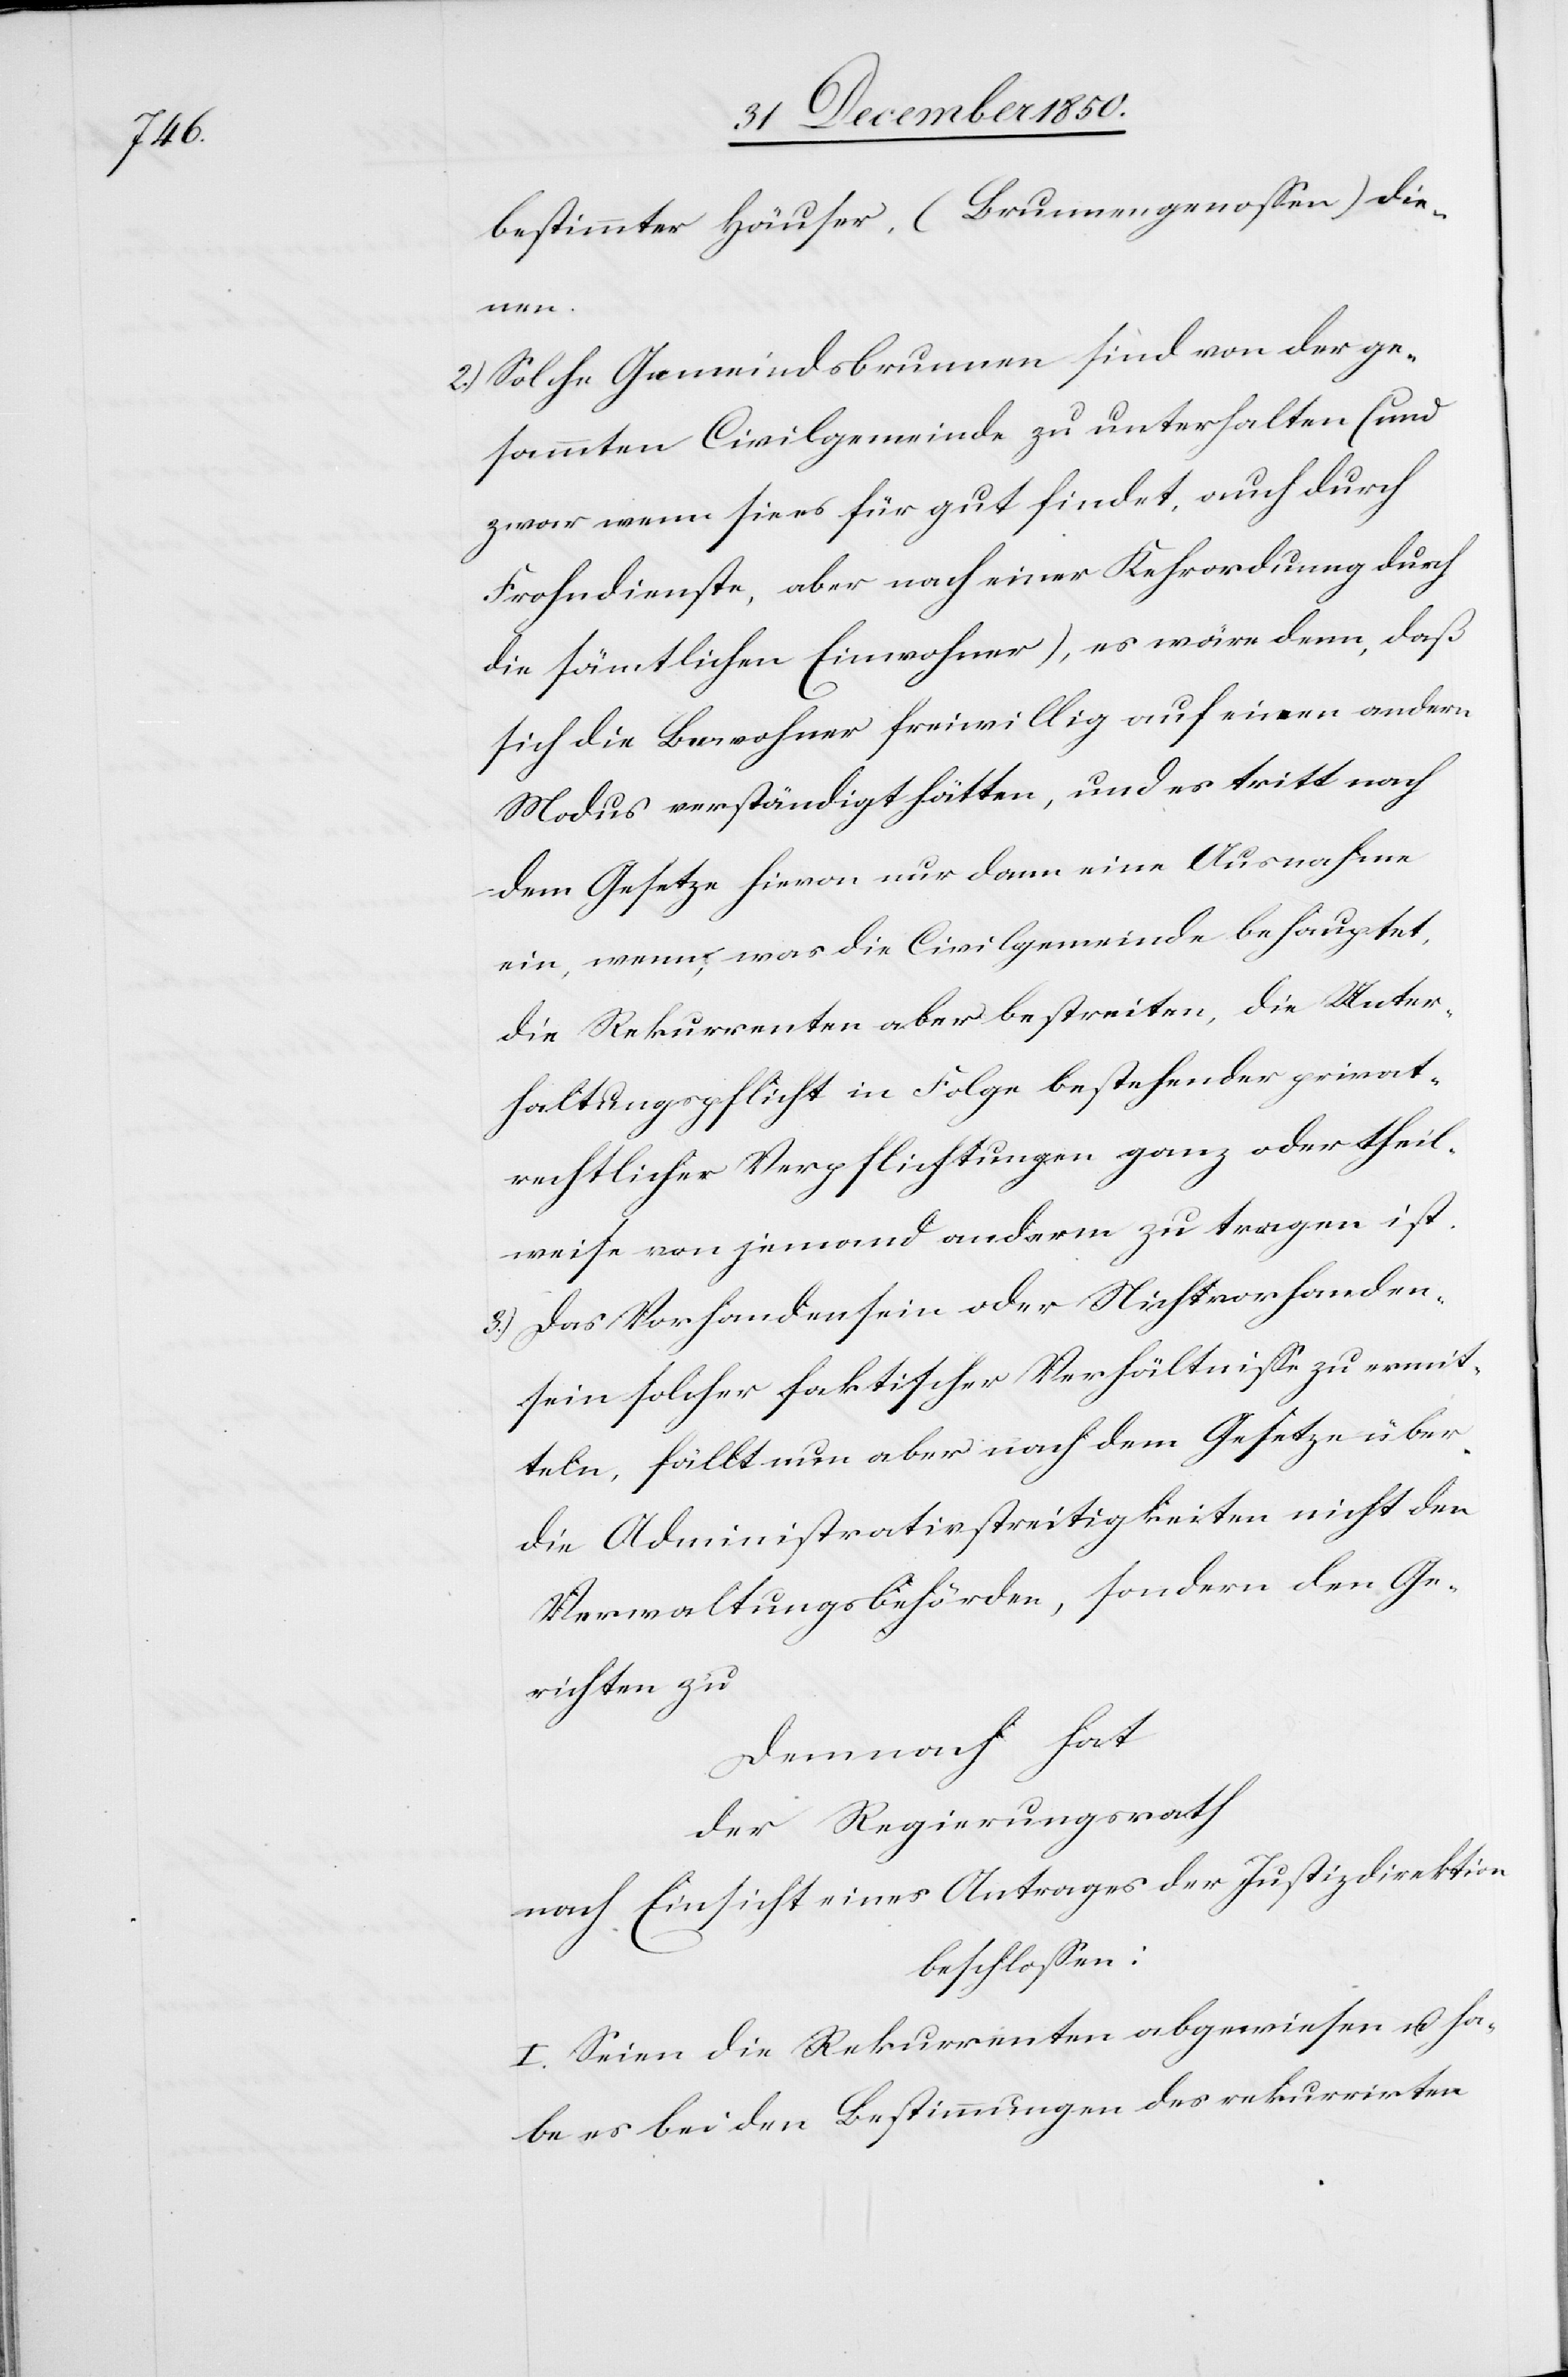
bestimmter Häuser (Brunnengenossen) die¬
nen.
2.) Solche Gemeindsbrunnen sind von der ge¬
sammten Civilgemeinde zu unterhalten (und
zwar wenn sie es für gut findet, auch durch
Frohndienste, aber nach einer Kehrordnung durch
die sämtlichen Einwohner), es wäre denn, daß
sich die Bewohner freiwillig auf einen andern
Modus verständigt hätten, und es tritt nach
dem Gesetze hievon nur dann eine Ausnahme
ein, wenn, was die Civilgemeinde behauptet,
die Rekurrenten aber bestreiten, die Unter¬
haltungspflicht in Folge bestehender privat¬
rechtlicher Verpflichtungen ganz oder theil¬
weise von jemand anderm zu tragen ist.
3.) Das Vorhandensein oder Nichtvorhanden¬
sein solcher faktischer Verhältnisse zu ermit¬
teln, fällt nun aber nach dem Gesetze über
die Administrativstreitigkeiten nicht den
Verwaltungsbehörden, sondern den Ge¬
richten zu
Demnach hat
der Regierungsrath
nach Einsicht eines Antrages der Justizdirektion
beschlossen:
I. Seien die Rekurrenten abgewiesen u. ha¬
be es bei den Bestimmungen des rekurrirten